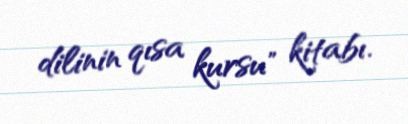
dilinin qısa kursu" kitabı.